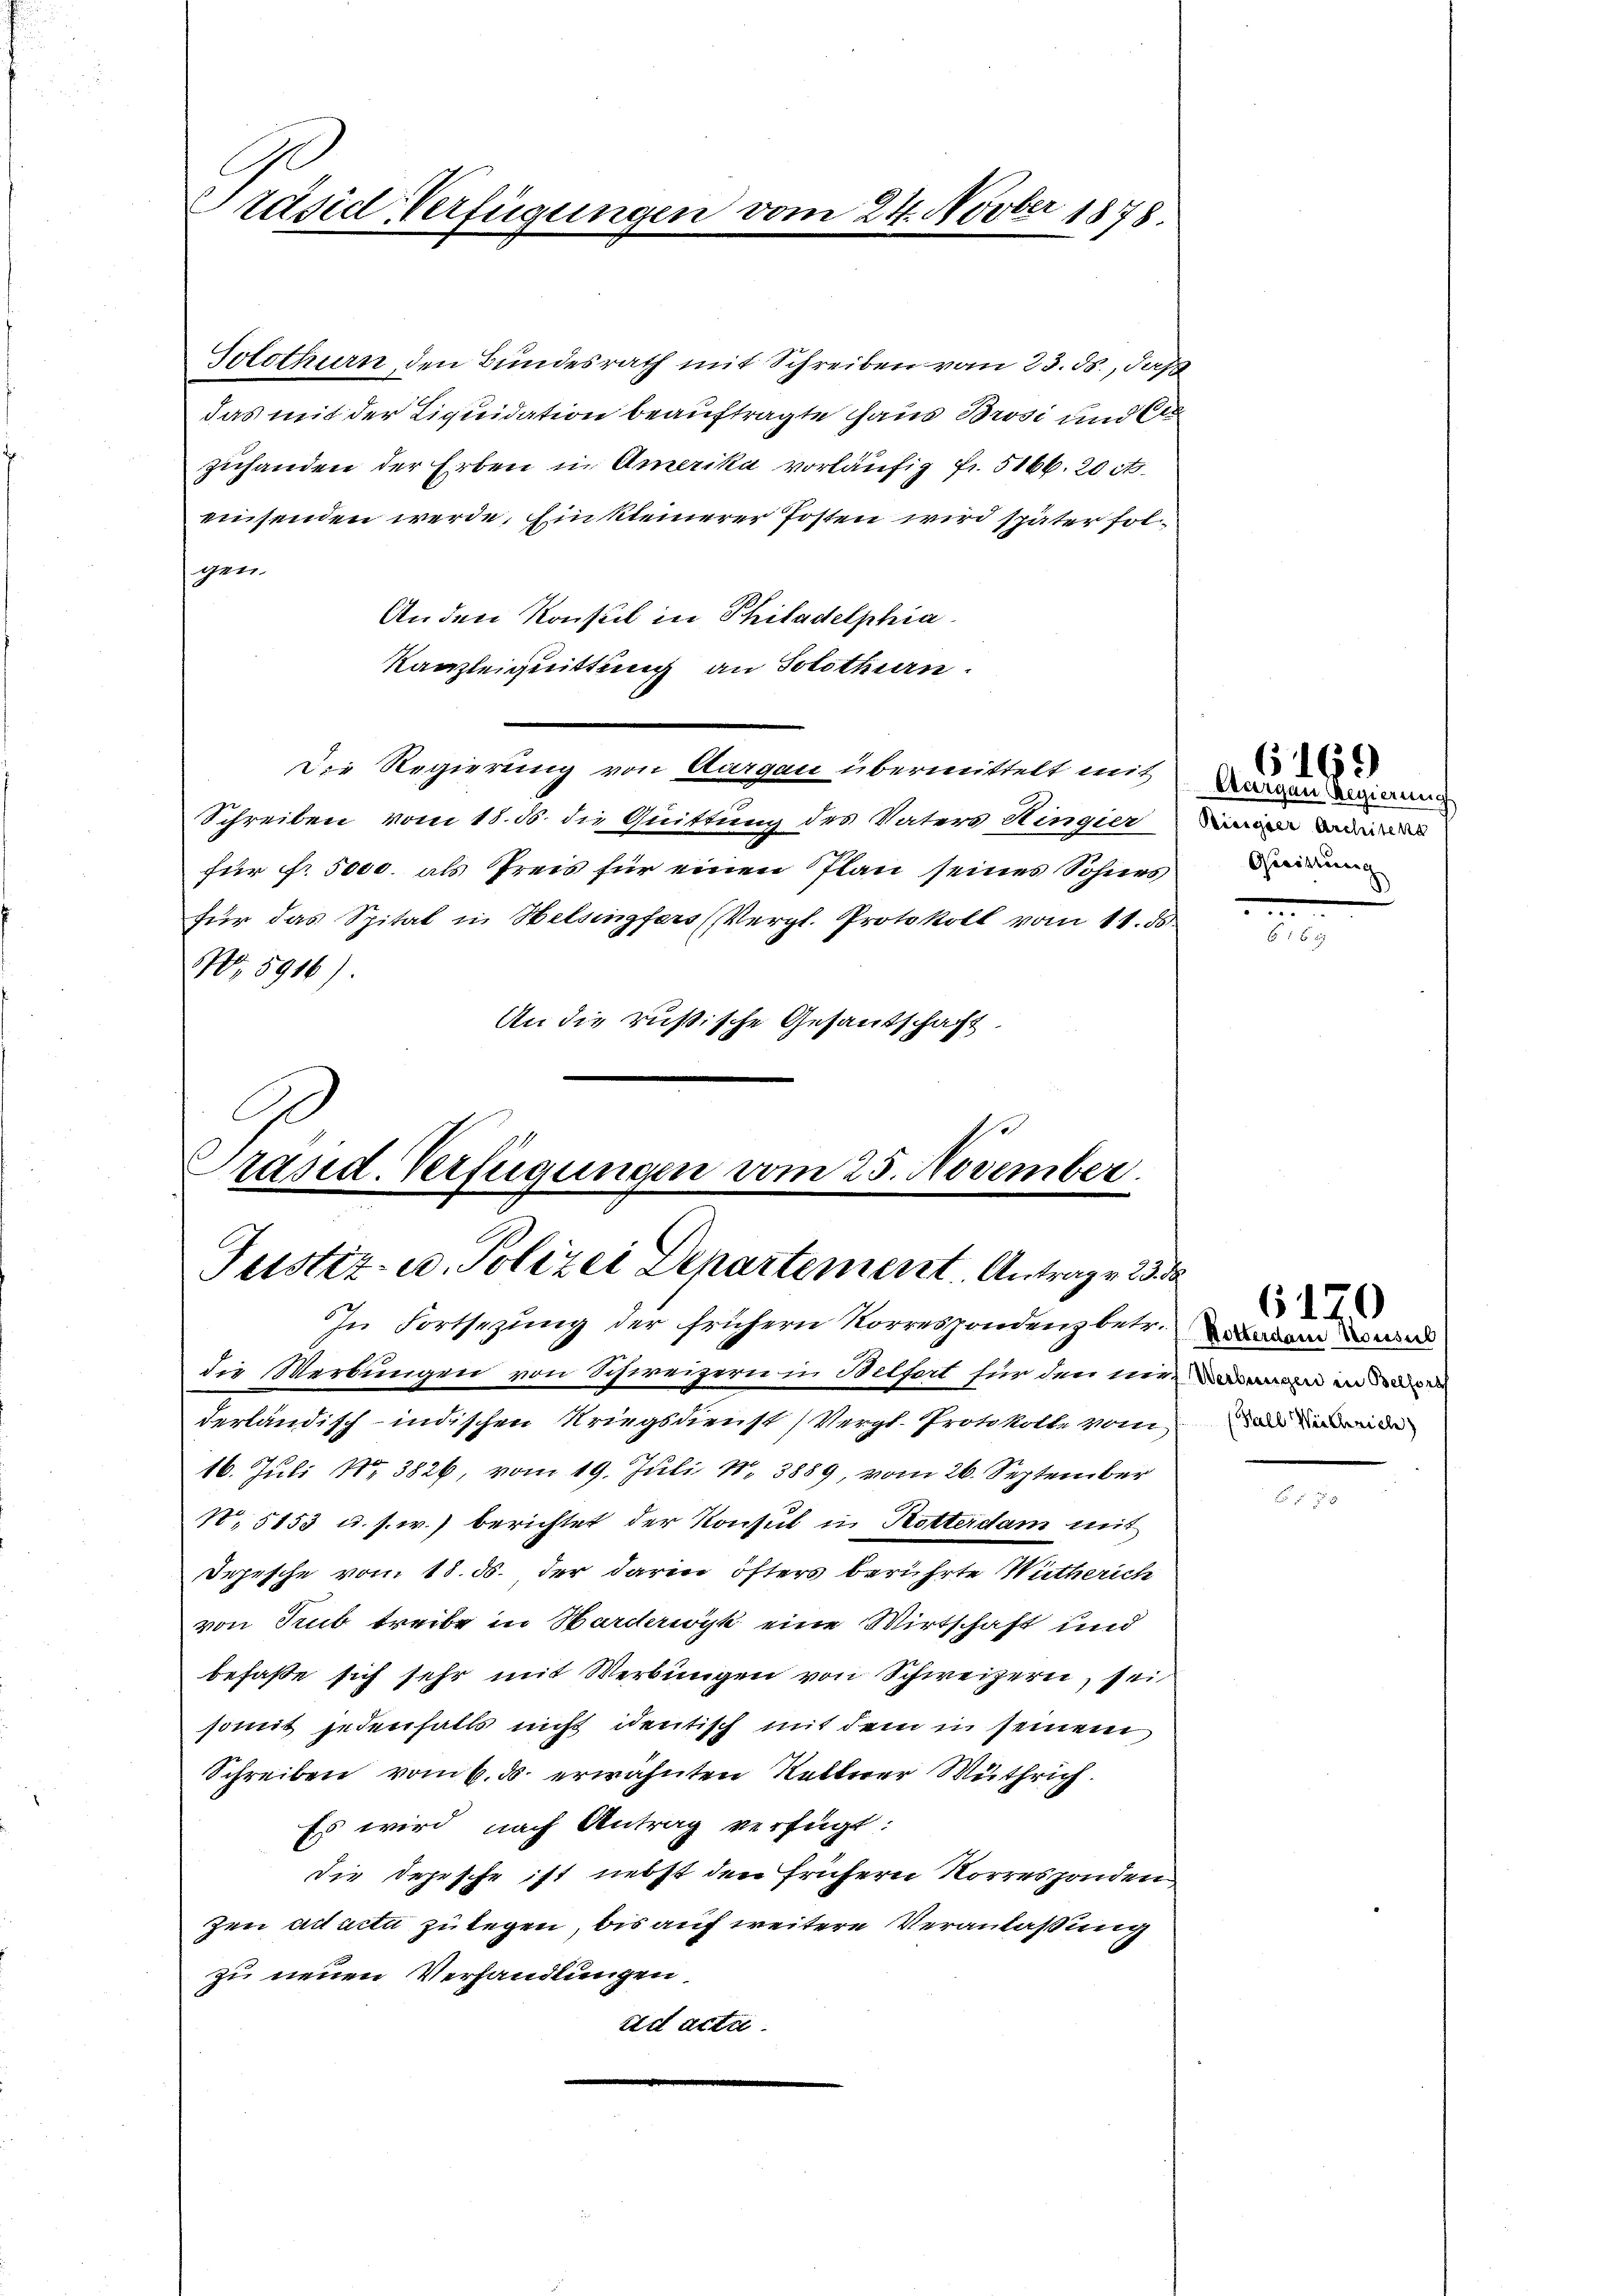
Präsid-Verfügung

Solothurn den Bundesrath mit Schreiben vom 23. ds., daß
das mit der Liquidation beauftragte Gaus Brosi und Er
zuhanden der Erben in Amerika vorläufig fr. 5166. 20 cts.
einsenden werde, Ein kleinerer Posten wird später folgen.
Anden Konsul in Philadelphia
Kanzleiquittung an Solothurn.
Die Regierung von Aargau übermittelt mit
Schreiben vom 18. 56. die Quittung des Vaters Hingier
für f. 5000. als Preis für einen Plan seines Sohnes Beiden
für das Spital in Helsingfers (Vergl. Protokoll vom 11. ds.
N. 5916).
An die russische Gesandschaft.

24. Novber 1878.

Präsid. Verfügungen vom 25. November.
Justiz- u. Polizei Departement. Antrage 23 de

In Fortsezung der frühern Korrespondenz betr. dann und
die Werbungen von Schweizern in Belfort für den vernen
derländisch-indischen Kriegsdienst (Vergl. Protokolle vom an in de
16. Juli Nr. 3826, vom 19. Juli 18. 3889, vom 26. September
N,5153 u. s. w.) berichtet der Konsul in Rotterdam mit
Depische vom 18. ds. der darin öfters berührte Wutherich
von Trub treibe in Harderwyk eine Wirtschaft und
befaße sich sehr mit Werbungen von Schweizern, sei
somit jedenfalls nicht identisch mit dem in seinem
Schreiben vom 6. ds. erwähnten Nettner Wuthrich.
Es wird nach Antrag verfügt:
die Depesche ist nebst den frühern Norresponden
zen ad acta zulegen, bis auf weitere Veranlassung
zu neuen Verhandlungen.
ad acta.

Aargau Regierung

6169

6170